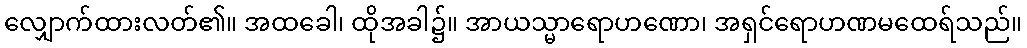
လျှောက်ထားလတ်၏။ အထခေါ၊ ထိုအခါ၌။ အာယသ္မာရောဟဏော၊ အရှင်ရောဟဏမထေရ်သည်။